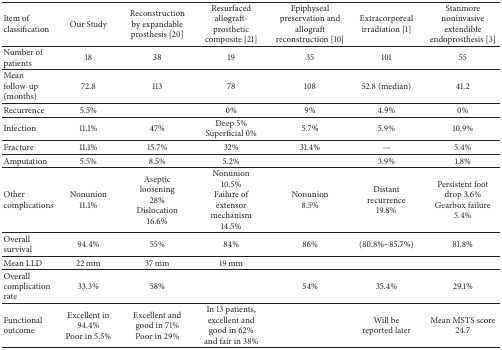
<table><thead><tr><td><b>Item of classification</b></td><td><b>Our Study</b></td><td><b>Reconstruction by expandable prosthesis [20]</b></td><td><b>Resurfaced allograft- prosthetic composite [21]</b></td><td><b>Epiphyseal preservation and allograft reconstruction [10]</b></td><td><b>Extracorporeal irradiation [1]</b></td><td><b>Stanmore noninvasive extendible endoprosthesis [3]</b></td></tr></thead><tbody><tr><td>Number of patients</td><td>18</td><td>38</td><td>19</td><td>35</td><td>101</td><td>55</td></tr><tr><td>Mean follow-up (months)</td><td>72.8</td><td>113 </td><td>78</td><td>108</td><td>52.8 (median)</td><td>41.2</td></tr><tr><td>Recurrence</td><td>5.5%</td><td> </td><td>0%</td><td>9%</td><td>4.9%</td><td>0%</td></tr><tr><td>Infection</td><td>11.1%</td><td>47%</td><td>Deep 5%Superficial 0%</td><td>5.7%</td><td>5.9%</td><td>10.9%</td></tr><tr><td>Fracture</td><td>11.1%</td><td>15.7%</td><td>32%</td><td>31.4%</td><td>—</td><td>5.4%</td></tr><tr><td>Amputation</td><td>5.5%</td><td>8.5%</td><td>5.2%</td><td> </td><td>3.9%</td><td>1.8%</td></tr><tr><td>Other complications</td><td>Nonunion11.1%</td><td>Aseptic loosening 28%Dislocation16.6%</td><td>Nonunion10.5%Failure of extensor mechanism 14.5%</td><td>Nonunion 8.5%</td><td>Distant recurrence 19.8%</td><td>Persistent foot drop 3.6%Gearbox failure 5.4%</td></tr><tr><td>Overall survival </td><td>94.4%</td><td>55%</td><td>84%</td><td>86%</td><td>(80.8%~85.7%)</td><td>81.8%</td></tr><tr><td>Mean LLD</td><td>22 mm</td><td>37 mm</td><td>19 mm</td><td> </td><td> </td><td> </td></tr><tr><td>Overall complication rate</td><td>33.3%</td><td>58%</td><td> </td><td>54%</td><td>35.4%</td><td>29.1%</td></tr><tr><td>Functional outcome </td><td>Excellent in 94.4%Poor in 5.5%</td><td>Excellent and good in 71%Poor in 29% </td><td>In 13 patients, excellent and good in 62% and fair in 38%</td><td> </td><td>Will be reported later</td><td>Mean MSTS score 24.7</td></tr></tbody></table>